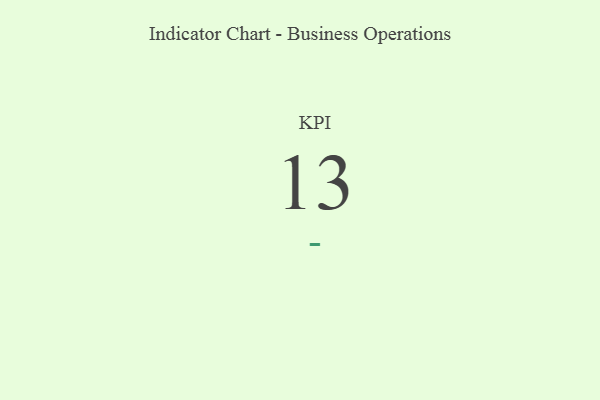
{"axis": {"x": "KPI", "y": "Value"}, "legend": [""], "data": [{"x": "KPI", "y": 13, "type": ""}]}